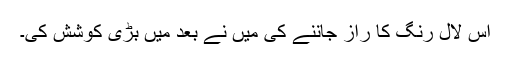
اس لال رنگ کا راز جاننے کی میں نے بعد میں بڑی کوشش کی۔